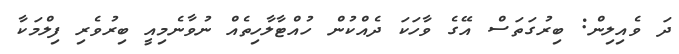
ދަ ވެއިލިން: ބިރުގަތަސް އޭގެ ވާހަކަ ދެއްކުން ހުއްޓާލާހިތެއް ނުވާނެމިއީ ބިރުވެރި ފިލްމަކާ